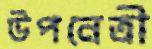
উপনেত্রী